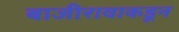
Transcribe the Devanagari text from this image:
बाजीरावाकडून